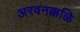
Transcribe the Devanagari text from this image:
अरवनक्कळि